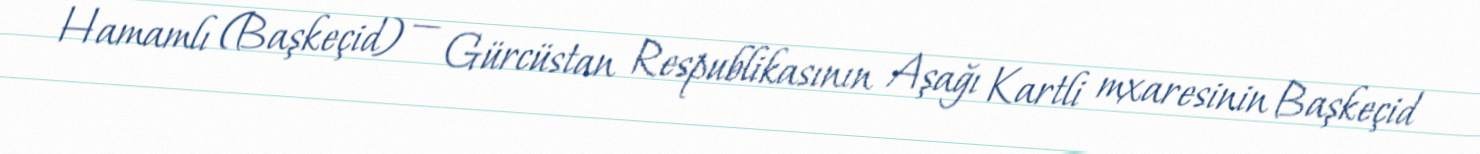
Hamamlı (Başkeçid) — Gürcüstan Respublikasının Aşağı Kartli mxaresinin Başkeçid